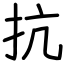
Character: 抗